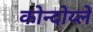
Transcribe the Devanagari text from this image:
कोन्दोय्ले